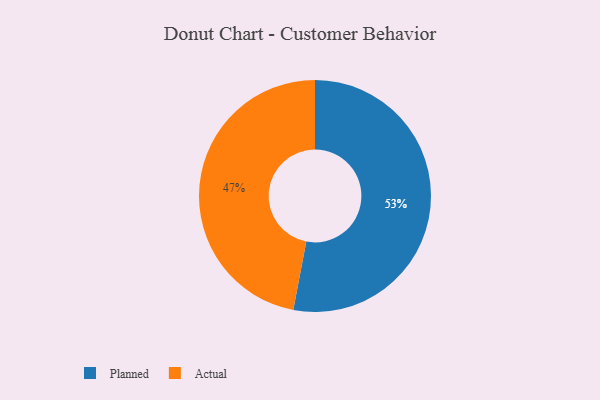
{"axis": {"x": "Category", "y": "Percentage"}, "legend": ["Actual", "Planned"], "data": [{"x": "Planned", "y": 53, "type": "Planned"}, {"x": "Actual", "y": 47, "type": "Actual"}]}